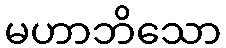
မဟာဘိသော